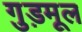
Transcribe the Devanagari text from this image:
गुड़मूल